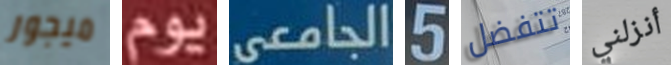
ميجور يوم الجامعى 5 تتفضل أنزلني